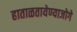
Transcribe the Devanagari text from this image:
हाताळतायेण्याजोगे